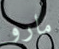
مارو